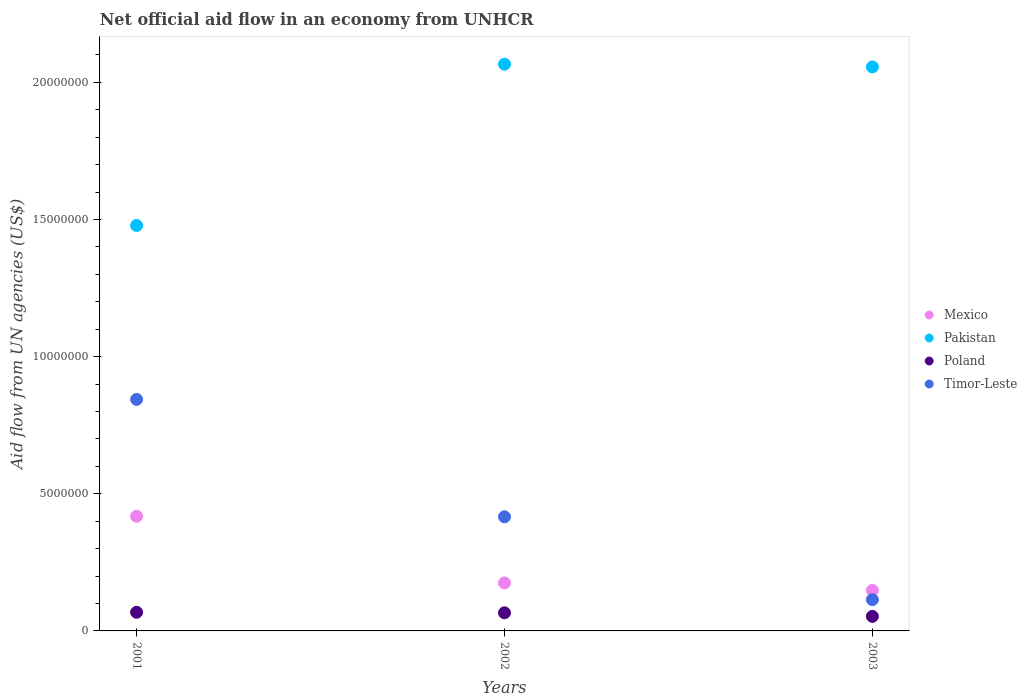
| Years | Mexico | Pakistan | Poland | Timor-Leste |
 | --- | --- | --- | --- | --- |
 | 2001 | 4.18e+06 | 1.48e+07 | 6.8e+05 | 8.44e+06 |
 | 2002 | 1.75e+06 | 2.07e+07 | 6.6e+05 | 4.16e+06 |
 | 2003 | 1.48e+06 | 2.06e+07 | 5.3e+05 | 1.14e+06 |